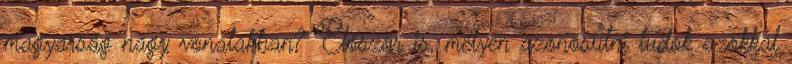
magyarság nagy vonalakban? Először is, mélyen azonosulni tudok azokkal